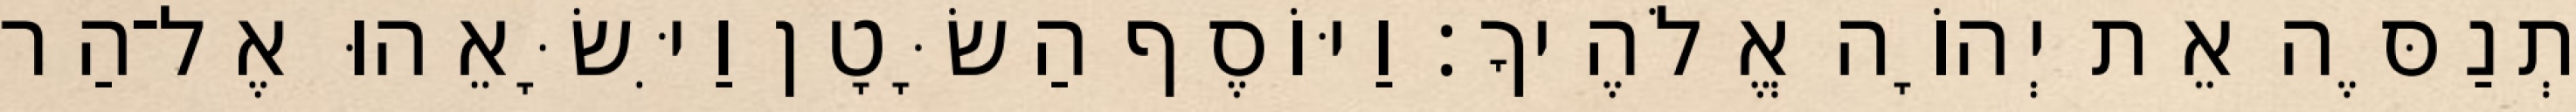
תְנַסֶּה אֵת יְהוָֹה אֱלֹהֶיךָ׃ וַיּוֹסֶף הַשָּׂטָן וַיִּשָּׂאֵהוּ אֶל־הַר